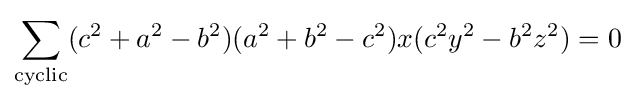
\sum _{\text{cyclic}}(c^{2}+a^{2}-b^{2})(a^{2}+b^{2}-c^{2})x(c^{2}y^{2}-b^{2}z^{2})=0